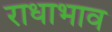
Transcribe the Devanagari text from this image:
राधाभाव